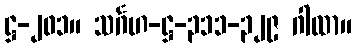
ဋ္ဌ-၂၀၁။ သင်္ဂဟ-ဋ္ဌ-၃၁၁-၃၂၉ ဂါထာ။